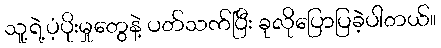
သူ့ရဲ့ပံ့ပိုးမှုတွေနဲ့ ပတ်သက်ပြီး ခုလိုပြောပြခဲ့ပါတယ်။